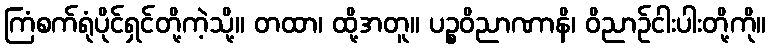
ကြံစက်ရုံပိုင်ရှင်တို့ကဲ့သို့။ တထာ၊ ထို့အတူ။ ပဉ္စဝိညာဏာနိ၊ ဝိညာဉ်ငါးပါးတို့ကို။